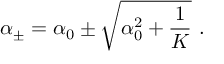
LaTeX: { \alpha } _ { \pm } = { \alpha } _ { 0 } \pm \sqrt { { \alpha } _ { 0 } ^ { 2 } + { \frac { 1 } { K } } } { } ~ .